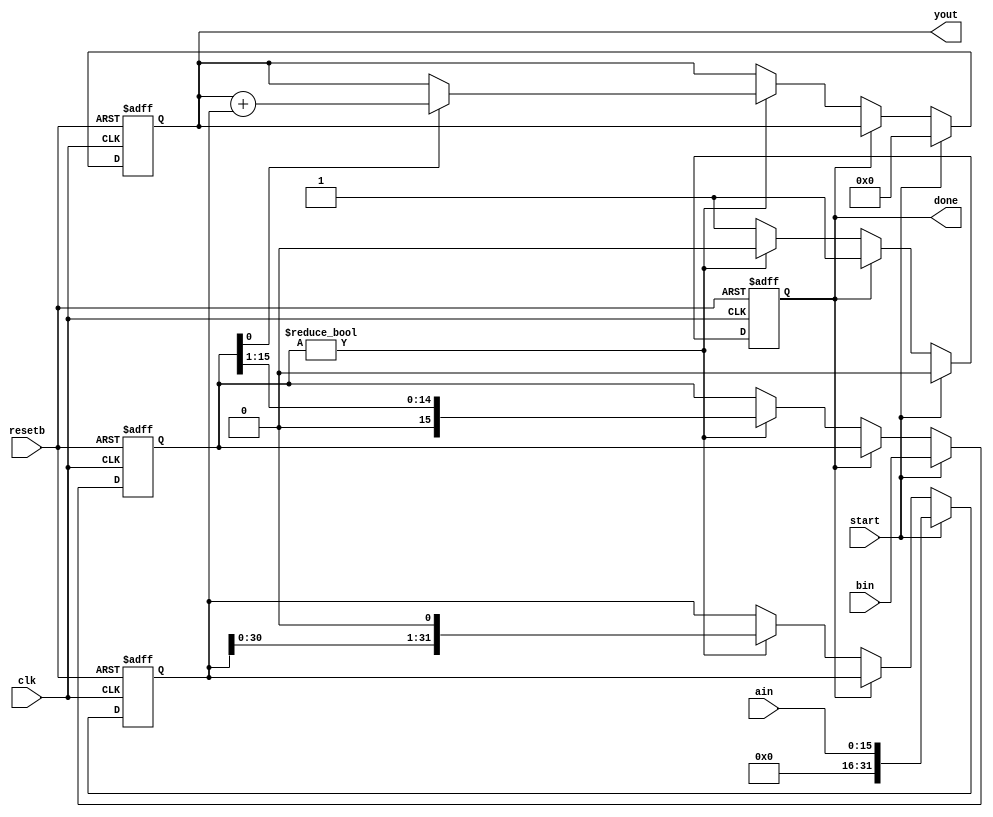
module mult16 (clk, resetb, start, done, ain, bin, yout);
parameter N = 16;
input			clk;
input			resetb;
input			start; // Register the ain and bin inputs (they can change afterwards)
//input [N-1:0]		ain;
//input [N-1:0]		bin;
//output [2*N-1:0]	yout;
input [15:0]		ain;
input [15:0]		bin;
output [31:0]	yout;

output			done;

//reg [2*N-1:0]		a;
//reg [N-1:0]		b;
//reg [2*N-1:0]		yout;
reg [31:0]		a;
reg [15:0]		b;
reg [31:0]		yout;

reg		done;

always @(posedge clk or negedge resetb) begin
   if (~resetb) begin
      a <= 0;
      b <= 0;
      yout <= 0;
      done <= 1'b1;
   end
   else begin
      // Load will register the input and clear the counter.
      if (start) begin
         a    <= ain;
         b    <= bin;
         yout <= 0;
         done <= 0;
      end
      else begin
         // Go until b is zero
         if (~done) begin
            if (b != 0) begin
               // If '1' then add a to sum
               if (b[0]) begin
                  yout <= yout + a;
               end
               b <= b >> 1;
               a <= a << 1;
               $display ("a = %h, b = %h, yout = %h", a,b,yout);
            end
            else begin
               done <= 1'b1;
            end
         end
      end
   end
end
endmodule